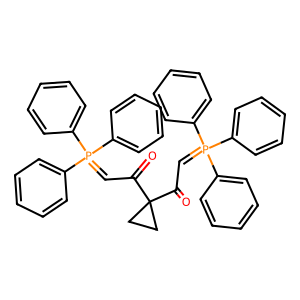
SMILES: O=C(C=P(c1ccccc1)(c1ccccc1)c1ccccc1)C1(C(=O)C=P(c2ccccc2)(c2ccccc2)c2ccccc2)CC1
Inhibits HIV replication: No